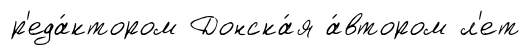
р'еда́ктором Донска́я а́втором л'ет